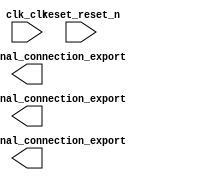

module lab2_qsys (
	clk_clk,
	digit0_external_connection_export,
	digit1_external_connection_export,
	digit2_external_connection_export,
	reset_reset_n);	

	input		clk_clk;
	output	[3:0]	digit0_external_connection_export;
	output	[3:0]	digit1_external_connection_export;
	output	[3:0]	digit2_external_connection_export;
	input		reset_reset_n;
endmodule